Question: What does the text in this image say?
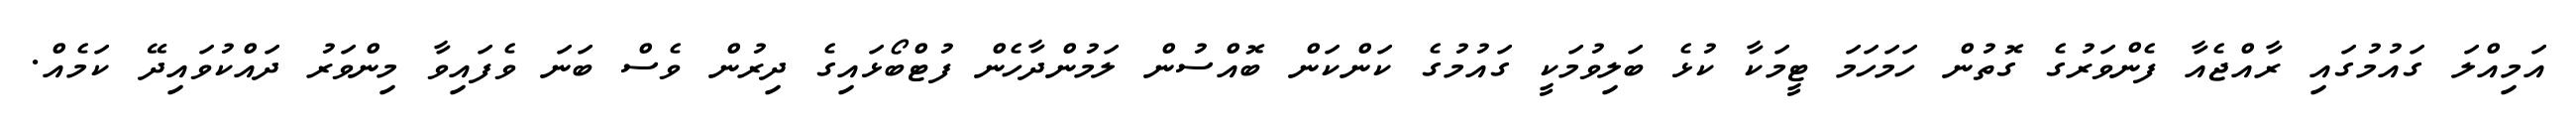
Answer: އަމިއްލަ ގައުމުގައި ރާއްޖެއާ ފެންވަރުގެ ގޮތުން ހަމަހަމަ ޓީމަކާ ކުޅެ ބަލިވުމަކީ ގައުމުގެ ކަންކަން ބޮއްސުން ލަމުންދާހެން ފުޓްބޯޅައިގެ ދިރުން ވެސް ބަނަ ވެފައިވާ މިންވަރު ދައްކުވައިދޭ ކަމެއް.